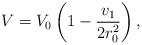
LaTeX: \begin{align*}V = V_0 \left( 1- {v_1 \over 2r_0^2} \right),\end{align*}